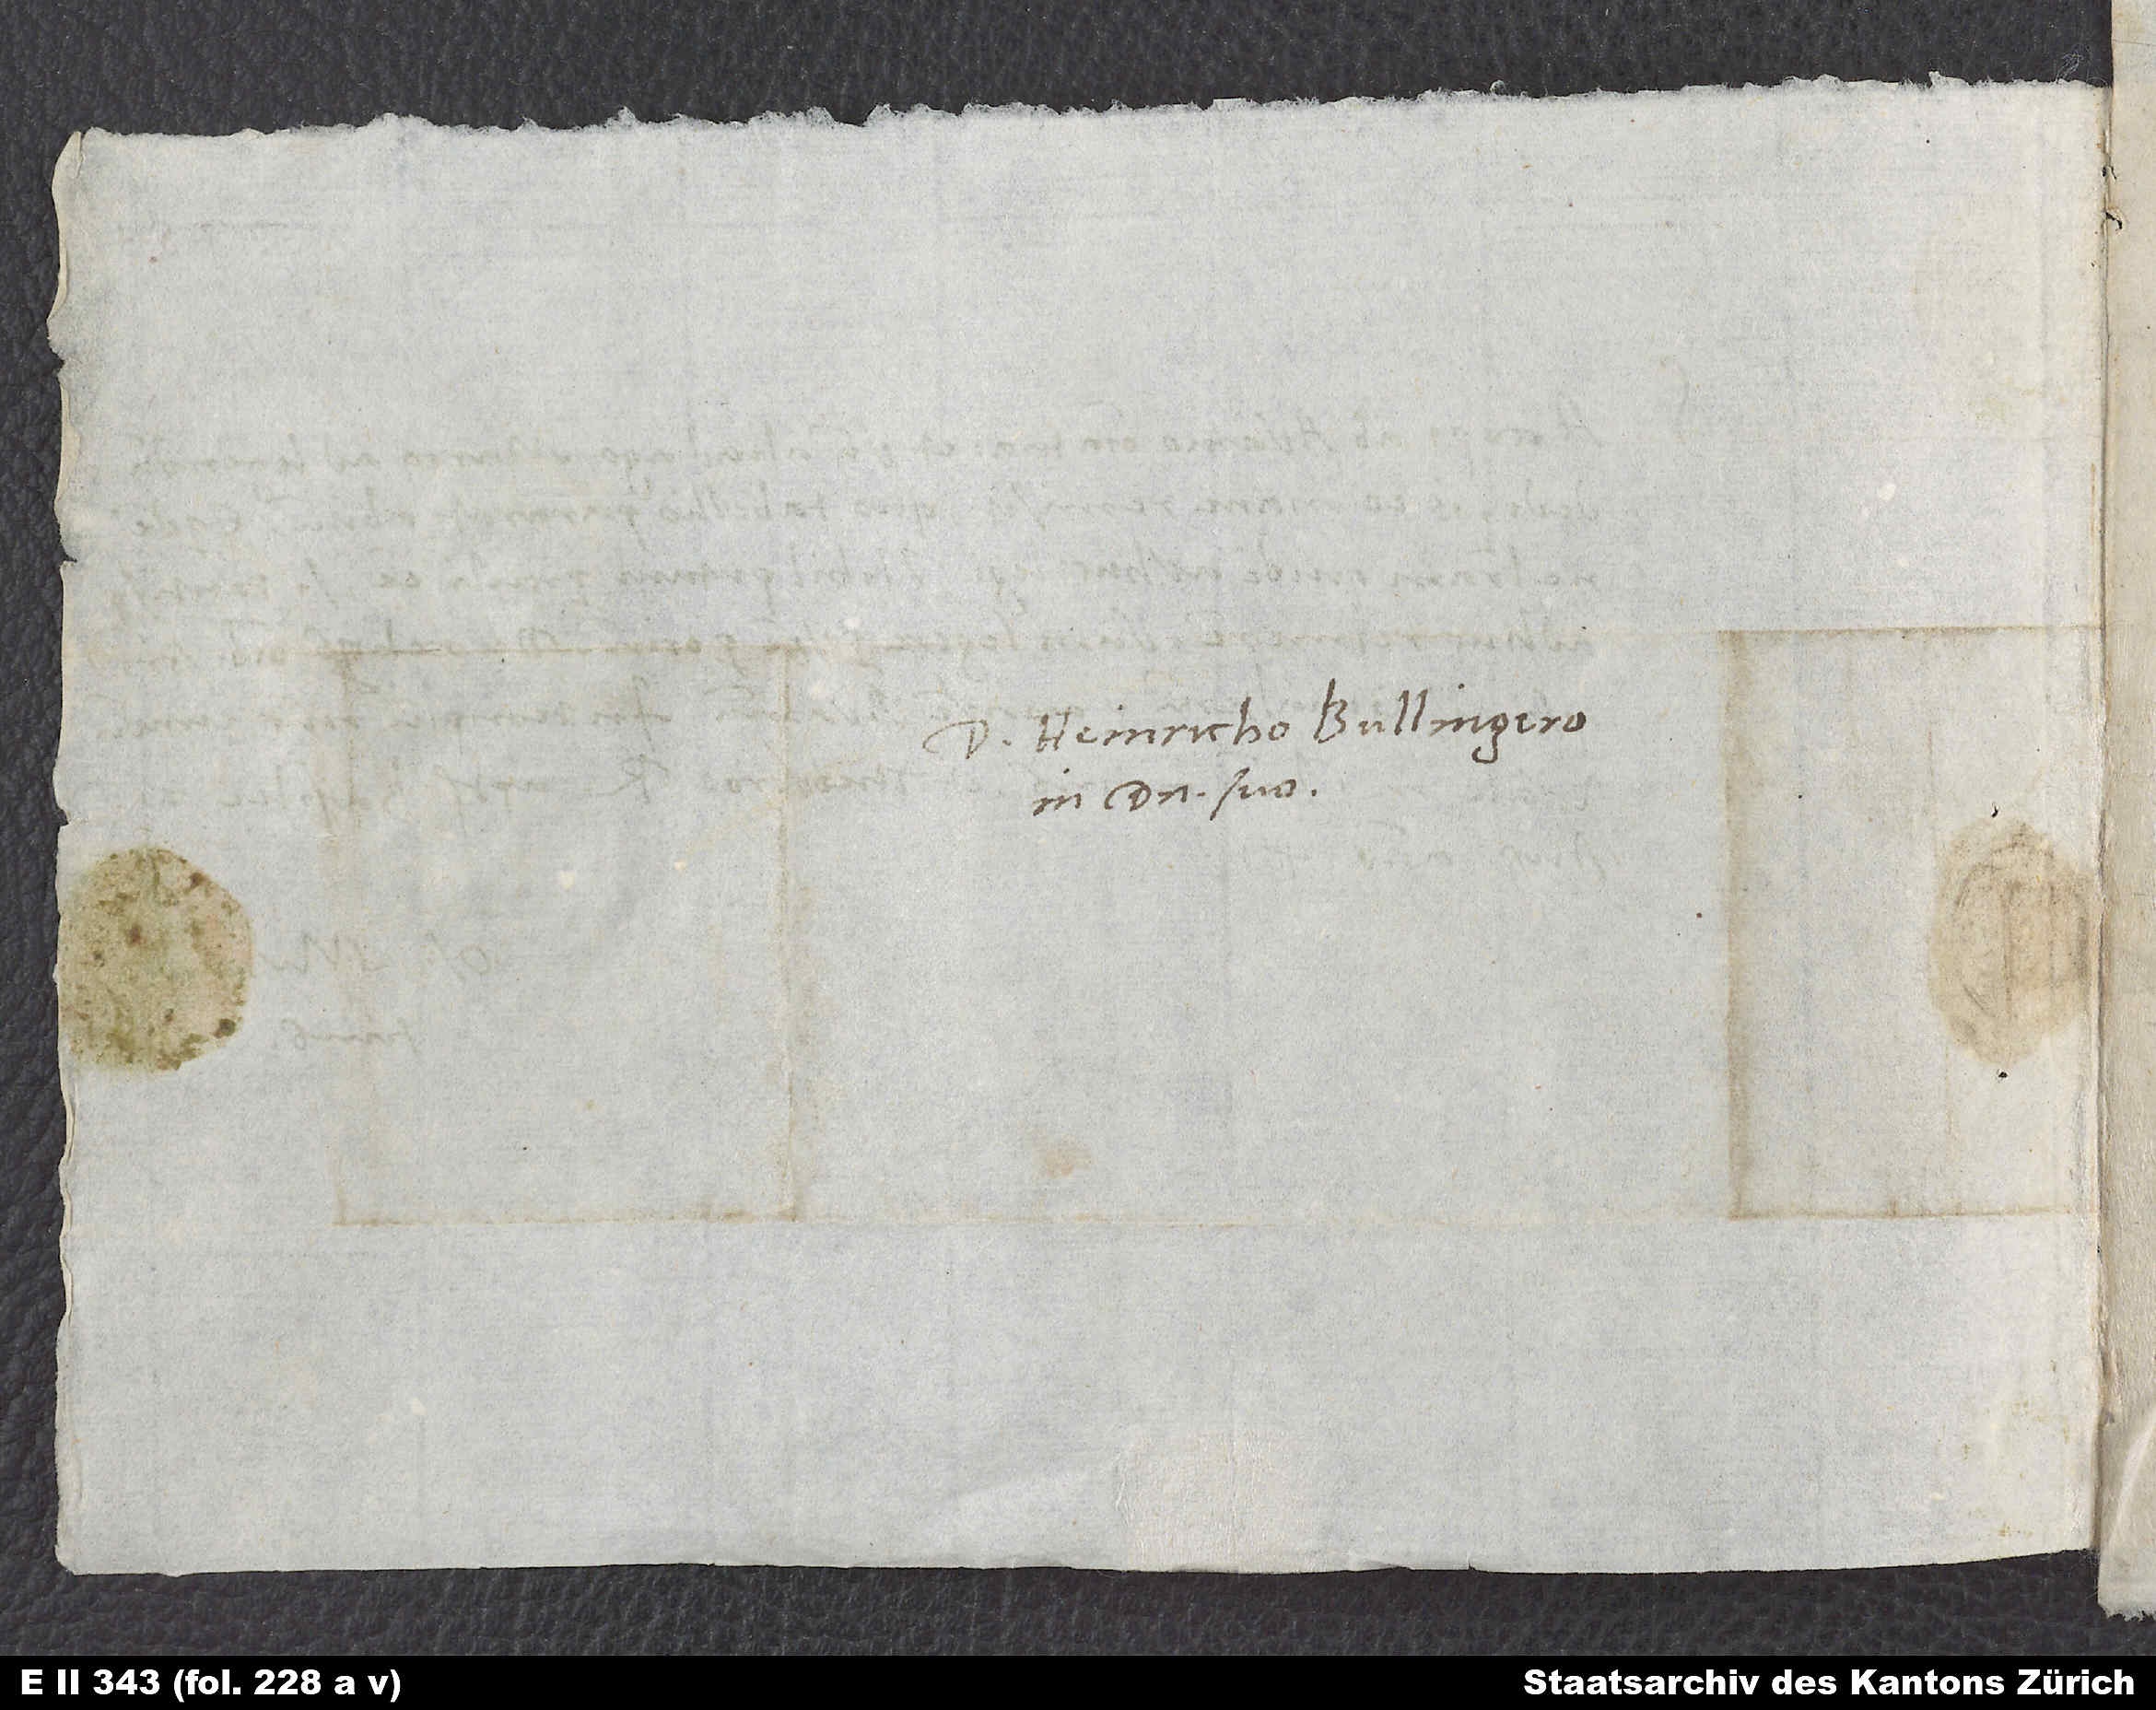
Domino Heinricho Bullingero,
in domino suo.